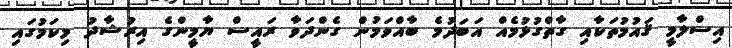
އިސްލާމީ ޤައުމުތަކާއި ގާތްގުޅުމެއް އަބަދުމެ ބާއްވަމުން ގެންދަވާ ރައީސް ޔާމީންގެ އިރުޝާދު މިކަމުގައި